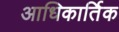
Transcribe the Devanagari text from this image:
आधिकार्तिक